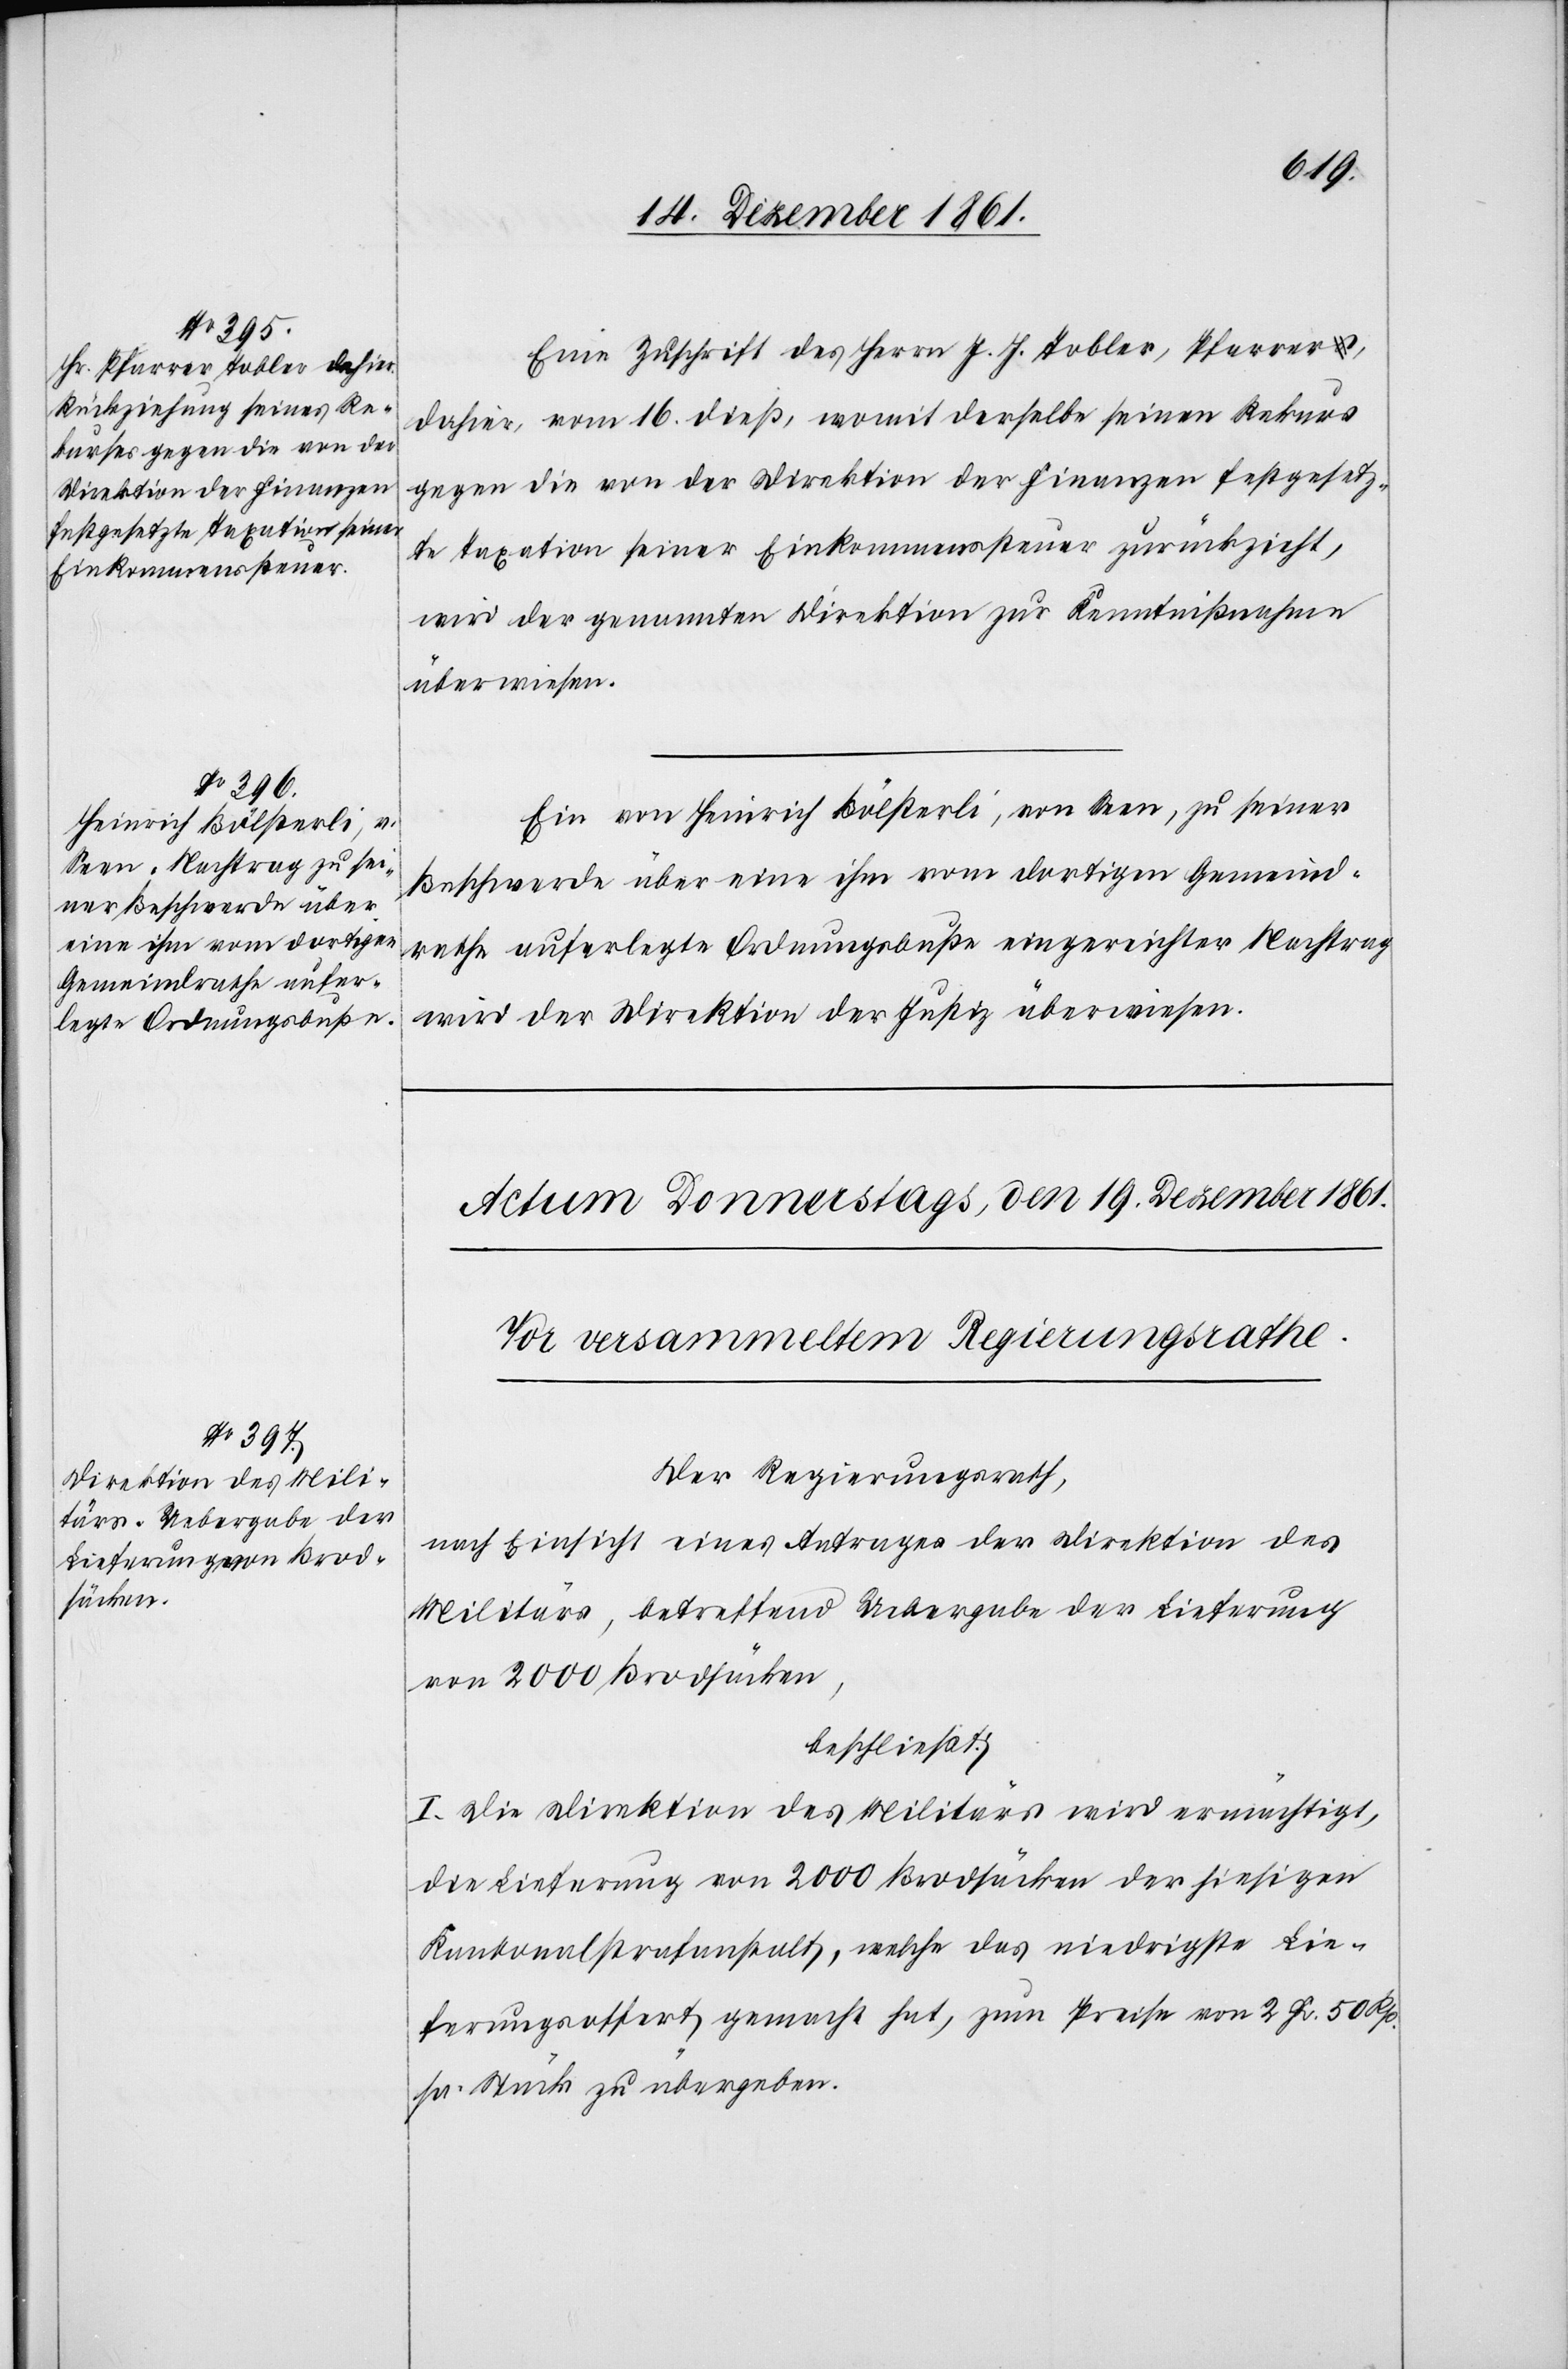
Eine Zuschrift des Herrn J. J. Tobler, Pfarrer,
dahier, vom 16 dieß, womit derselbe seinen Rekurs
gegen die von der Direktion der Finanzen festgesetz¬
te Taxation seiner Einkommenssteuer zurückzieht,
wird der genannten Direktion zur Kenntnißnahme
überwiesen.
Ein von Heinrich Bölsterli, von Seen, zu seiner
Beschwerde über eine ihm vom dortigen Gemeind¬
rathe auferlegte Ordnungsbuße eingereichter Nachtrag
wird der Direktion der Justiz überwiesen.
Der Regierungsrath,
nach Einsicht eines Antrages der Direktion des
Militärs, betreffend der Lieferung von 2000
beschließt:
I. Die Direktion des Militärs wird ermächtigt,
die Lieferung von 2000 Brodstücken der hiesigen
Kantonalstrafanstalt, welche das niedrigste Lie¬
ferungsoffert gemacht hat, zum Preise von 2 Fr. 50 Rp.
pr. Stück zu übergeben.